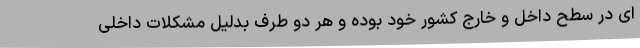
ای در سطح داخل و خارج کشور خود بوده و هر دو طرف بدلیل مشکلات داخلی